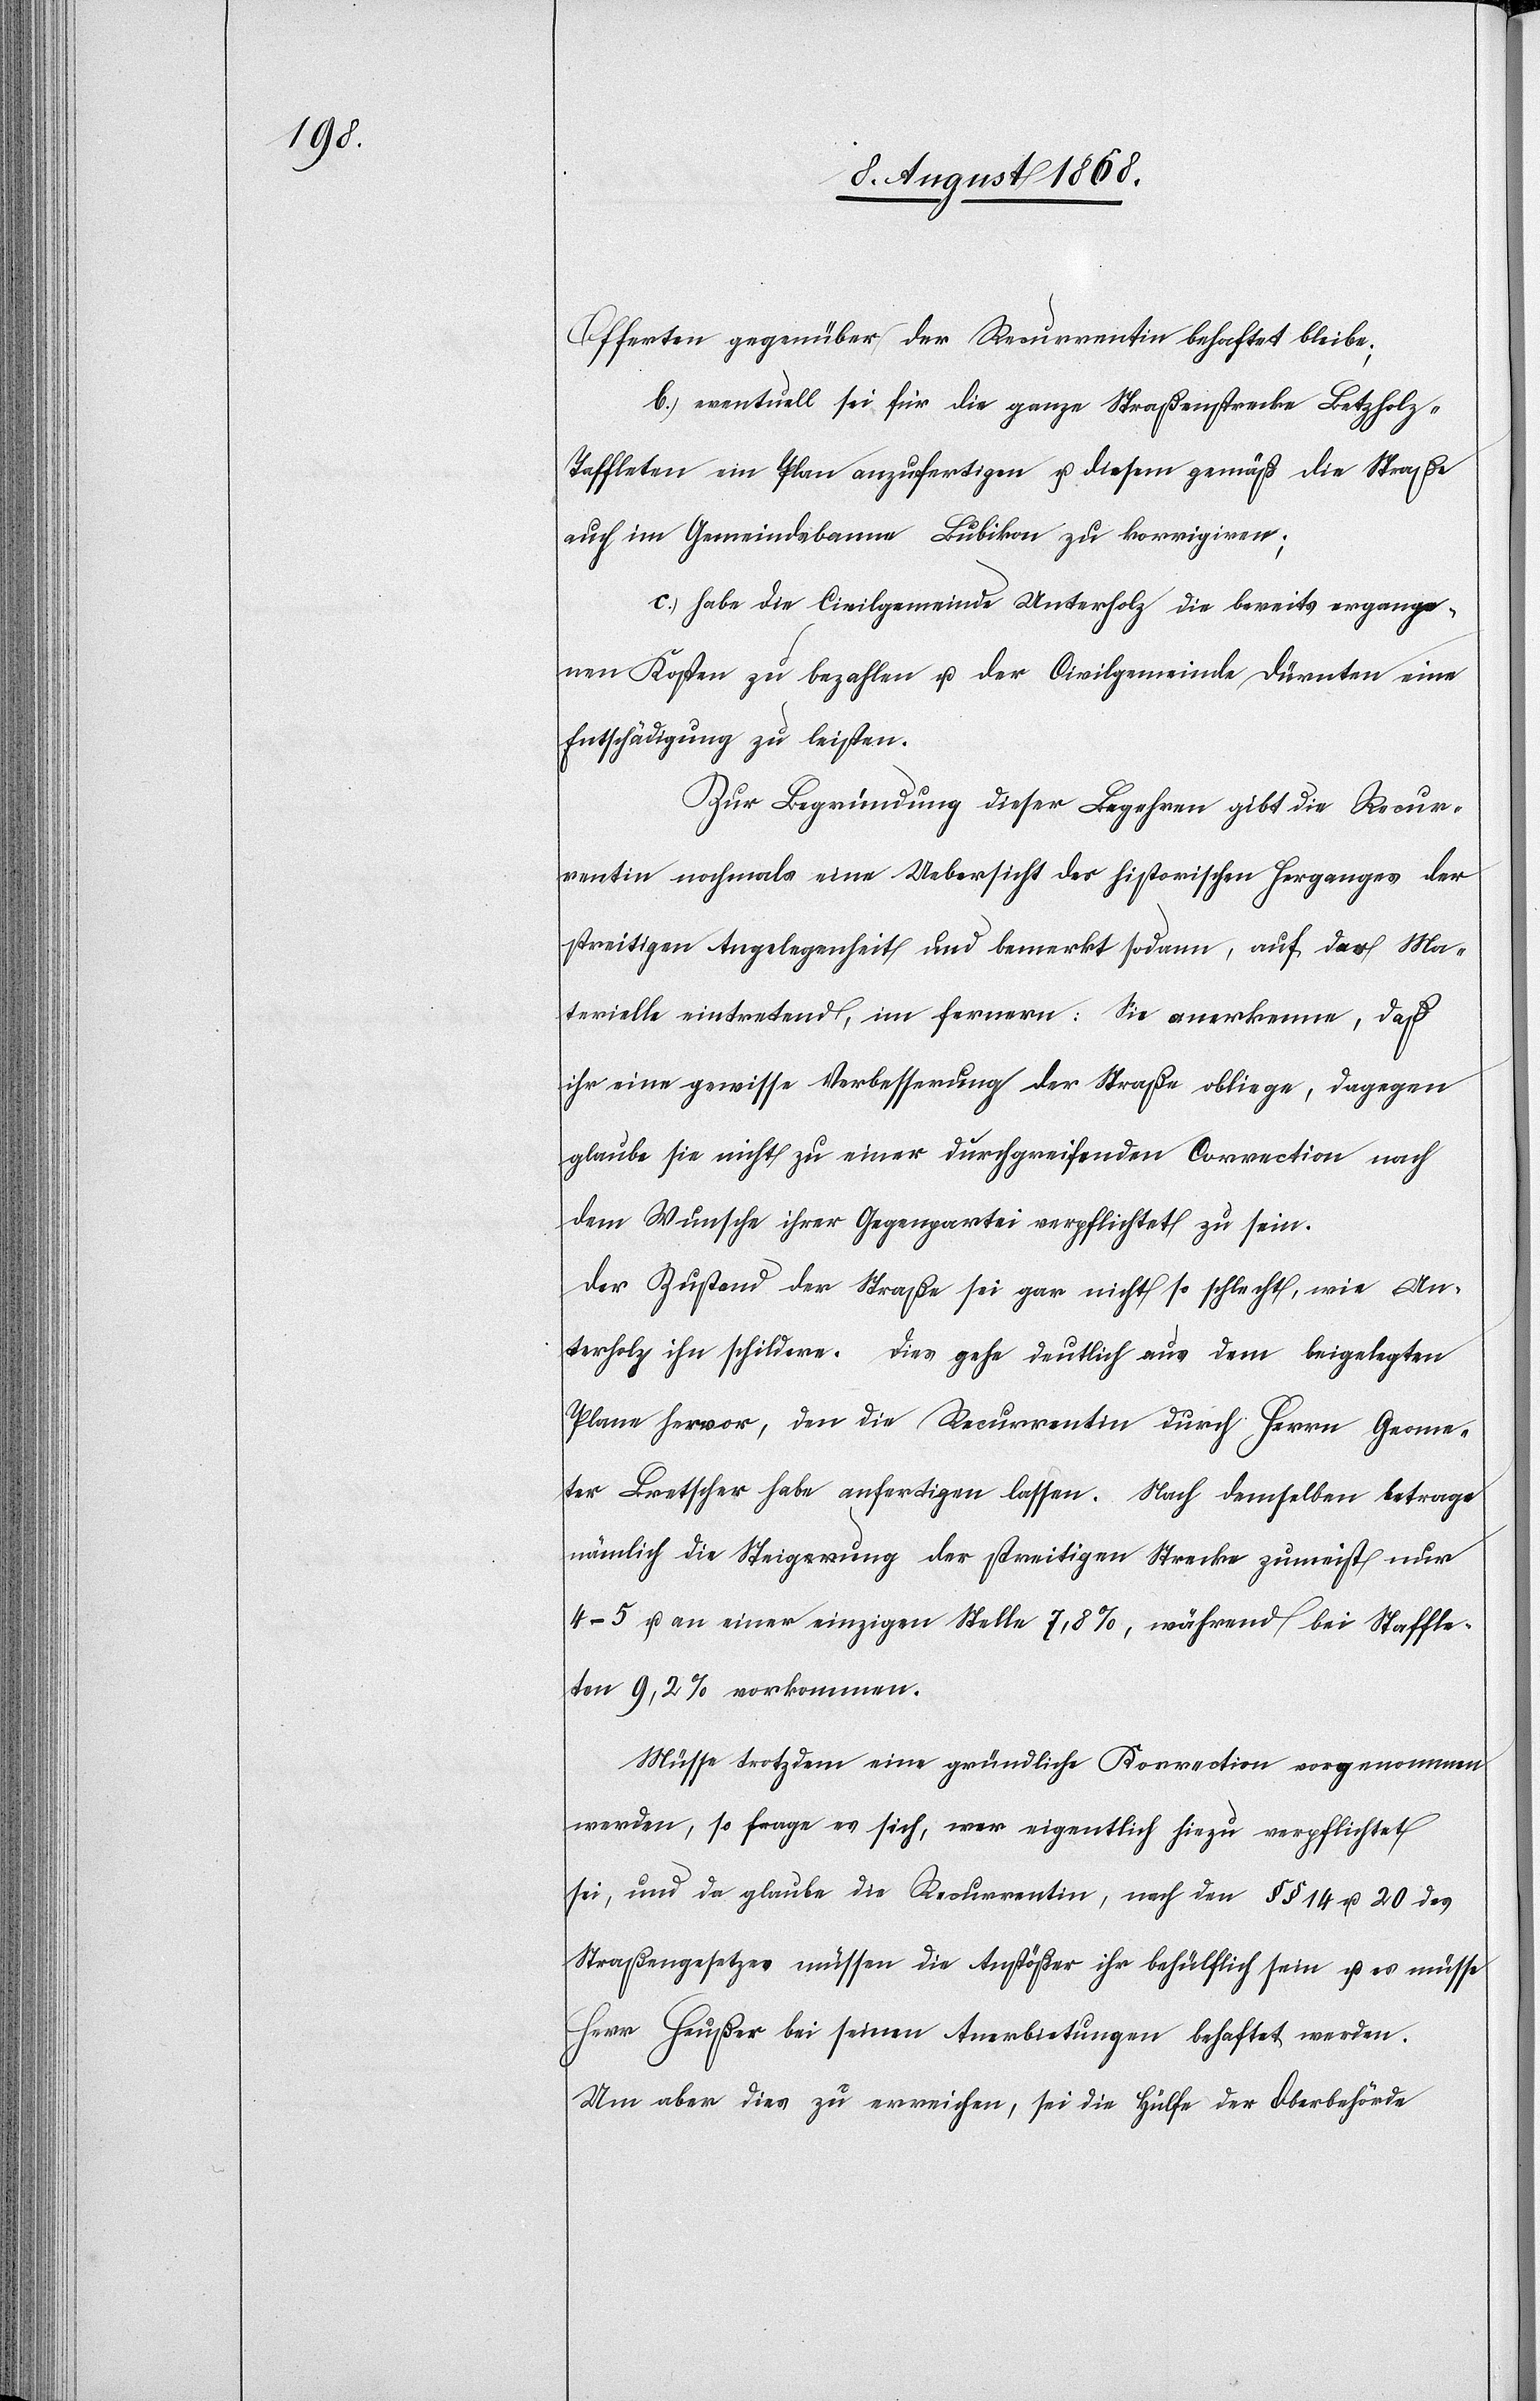
Offerten gegenüber der Recurrentin behaftet bleibe;
b.) eventuell sei für die ganze Straßenstrecke Betzholz–T¬
affleten ein Plan anzufertigen u. diesem gemäß die Straße
auch im Gemeindsbanne Bubikon zu korrigiren;
c.) habe die Civilgemeinde Unterholz die bereits ergange¬
nen Kosten zu bezahlen u. der Civilgemeinde Dürnten eine
Entschädigung zu leisten.
Zur Begründung dieser Begehren gibt die Recur¬
rentin nochmals eine Uebersicht des historischen Herganges der
streitigen Angelegenheit und bemerkt sodann, auf das Ma¬
terielle eintretend, im fernern: Sie anerkenne, daß
ihr eine gewisse Verbesserung der Straße obliege, dagegen
glaube sie nicht zu einer durchgreifenden Correction nach
dem Wunsche ihrer Gegenpartei verpflichtet zu sein.
Der Zustand der Straße sei gar nicht so schlecht, wie Un¬
terholz ihn schildere. Dies gehe deutlich aus dem beigelegten
Plane hervor, den die Recurrentin durch Herrn Geome¬
ter Bretscher habe anfertigen lassen. Nach demselben betrage
nämlich die Steiga-er-aung der streitigen Strecke zumeist nur
4–5 u. an einer einzigen Stelle 7,8%, während bei Staffleten
9,2% vorkommen.
Müsse trotzdem eine gründliche Korrection vorgenommen
werden, so frage es sich, wer eigentlich hiezu verpflichtet
sei, und da glaube die Recurrentin, nach den §§ 14 u. 20 des
Straßengesetzes müssen die Anstößer ihr behülflich sein u. es müsse
Herr Heußer bei seinen Anerbietungen behaftet werden.
Um aber dies zu erreichen, sei die Hülfe der Oberbehörde